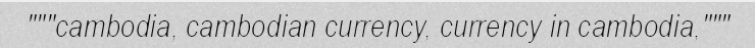
"""cambodia, cambodian currency, currency in cambodia,"""